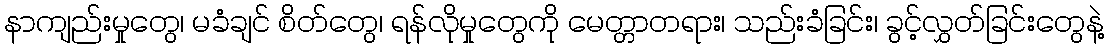
နာကျည်းမှုတွေ၊ မခံချင် စိတ်တွေ၊ ရန်လိုမှုတွေကို မေတ္တာတရား၊ သည်းခံခြင်း၊ ခွင့်လွှတ်ခြင်းတွေနဲ့